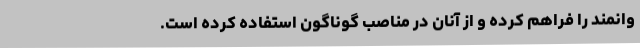
وانمند را فراهم کرده و از آنان در مناصب گوناگون استفاده کرده است.